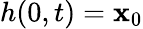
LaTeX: h(0,t)=\mathbf{x}_{0}